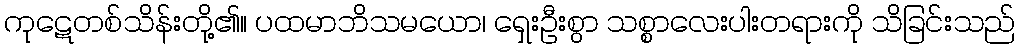
ကုဋေတစ်သိန်းတို့၏။ ပထမာဘိသမယော၊ ရှေးဦးစွာ သစ္စာလေးပါးတရားကို သိခြင်းသည်